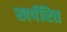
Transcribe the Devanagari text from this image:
खर्परित